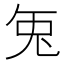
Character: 𭀣